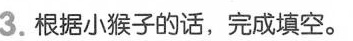
3.根据小猴子的话，完成填空。